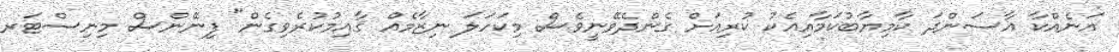
އަނެއްކާ އާސަންދަ ކާމިޔާބުކަމާއިއެކު ކުރިއަށް ގެންދެވޭނީވެސް މިކަހަލަ ނިޒާމެއް ޤާއިމުކުރެވިގެން" ފިނޭންސް މިނިސްޓަރ